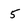
Character: 5